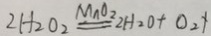
2 H _ { 2 } O _ { 2 } \xlongequal { M n O _ { 2 } } 2 H _ { 2 } O + O _ { 2 } \uparrow